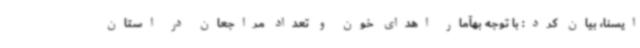
ایسنا، بیان کرد: با توجه بهآمار اهدای خون و تعداد مراجعان در استان